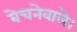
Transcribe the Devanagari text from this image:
बेचनेवाले।